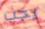
يجب